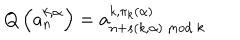
Q \left( a _ { n } ^ { k , \alpha } \right) = a _ { n + s ( k , \alpha ) { ~ \mathrm { m o d } } ~ k } ^ { k , \pi _ { k } ( \alpha ) }